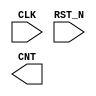
module TEST_CNT (
	input CLK, 
	input RST_N,
	output CNT
);

	//1
	reg [7:0] tmp1;
	always@(posedge CLK or negedge RST_N) begin
		if (!RST_N) begin
			tmp1 <= 8'd0;
		end else begin
			tmp1 <= tmp1 + 8'd1;
		end
	end

	//2
	reg [7:0] tmp2;
	always@(posedge CLK or negedge RST_N) begin
		if (!RST_N) begin
			tmp2 <= 8'd0;
		end else if (tmp2 == 8'd5) begin
			tmp2 <= 8'd0;
		end else begin
			tmp2 <= tmp2 + 8'd1;
		end
	end

	//3
	reg [7:0] tmp3;
	always@(posedge CLK or negedge RST_N) begin
		if (!RST_N) begin
			tmp3 <= 8'd0;
		end else if (&tmp3) begin
			tmp3 <= 8'd0;
		end else begin
			tmp3 <= tmp3 + 8'd1;
		end
	end

endmodule